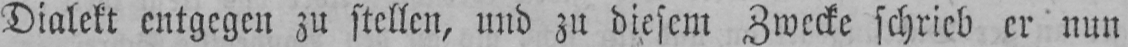
Dialekt entgegen zu stellen, und zu diesem Zwecke schrieb er nun